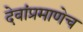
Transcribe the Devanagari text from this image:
देवांप्रमाणेच